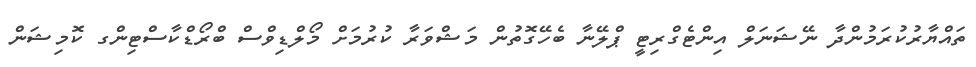
ތައްޔާރުކުރަމުންދާ ނޭޝަނަލް އިންޓެގްރިޓީ ޕްލޭނާ ބެހޭގޮތުން މަޝްވަރާ ކުރުމަށް މޯލްޑިވްސް ބްރޯޑްކާސްޓިންގ ކޮމިޝަން